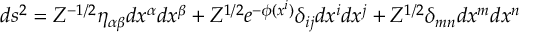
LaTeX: d s ^ { 2 } = Z ^ { - 1 / 2 } \eta _ { \alpha \beta } d x ^ { \alpha } d x ^ { \beta } + Z ^ { 1 / 2 } e ^ { - \phi ( x ^ { i } ) } \delta _ { i j } d x ^ { i } d x ^ { j } + Z ^ { 1 / 2 } \delta _ { m n } d x ^ { m } d x ^ { n }